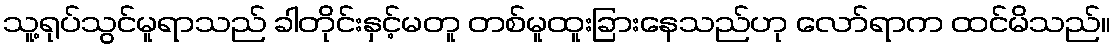
သူ့ရုပ်သွင်မူရာသည် ခါတိုင်းနှင့်မတူ တစ်မူထူးခြားနေသည်ဟု လော်ရာက ထင်မိသည်။